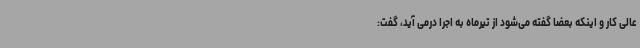
عالی کار و اینکه بعضا گفته می‌شود از تیرماه به اجرا درمی آید، گفت: